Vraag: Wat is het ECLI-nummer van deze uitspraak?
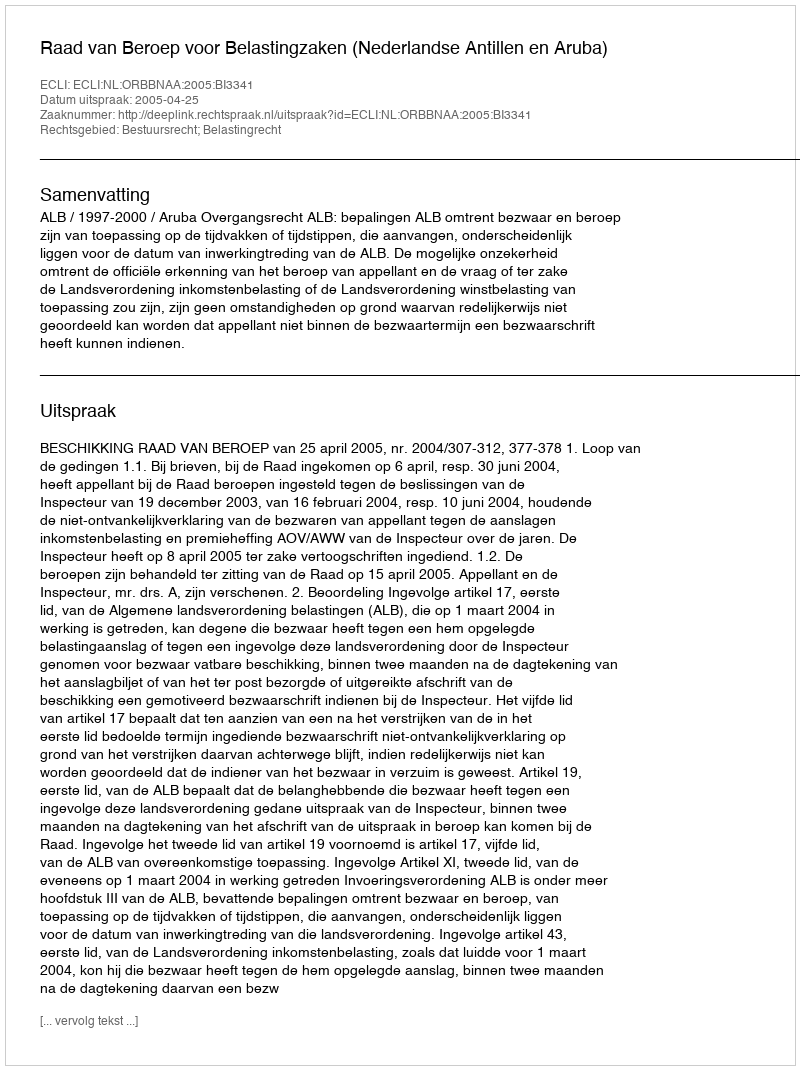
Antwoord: ECLI:NL:ORBBNAA:2005:BI3341